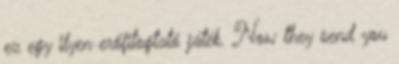
ez egy ilyen erőfitogtató játék. Now they send you